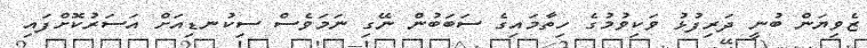
ޒެވިޔަން ބުނީ ދަރިފުޅު ވަކިވުމުގެ ހިތާމައިގެ ސަބަބުން ނޭގި ނަމަވެސް ސިކުނޑިއަށް އަސަރުކޮށްފައި